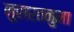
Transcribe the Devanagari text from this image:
नुसरतनुमा